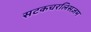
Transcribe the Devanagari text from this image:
सटकचरलिसज़म